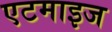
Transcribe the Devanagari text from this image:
एटमाइज